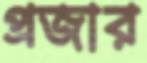
প্রজার